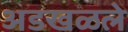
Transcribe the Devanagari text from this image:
अडखळले